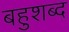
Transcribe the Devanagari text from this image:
बहुशब्द